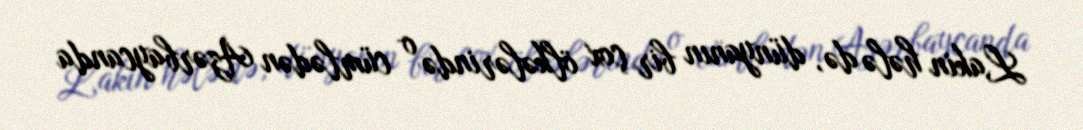
Lakin hələ də, dünyanın bir çox ölkələrində o cümlədən Azərbaycanda